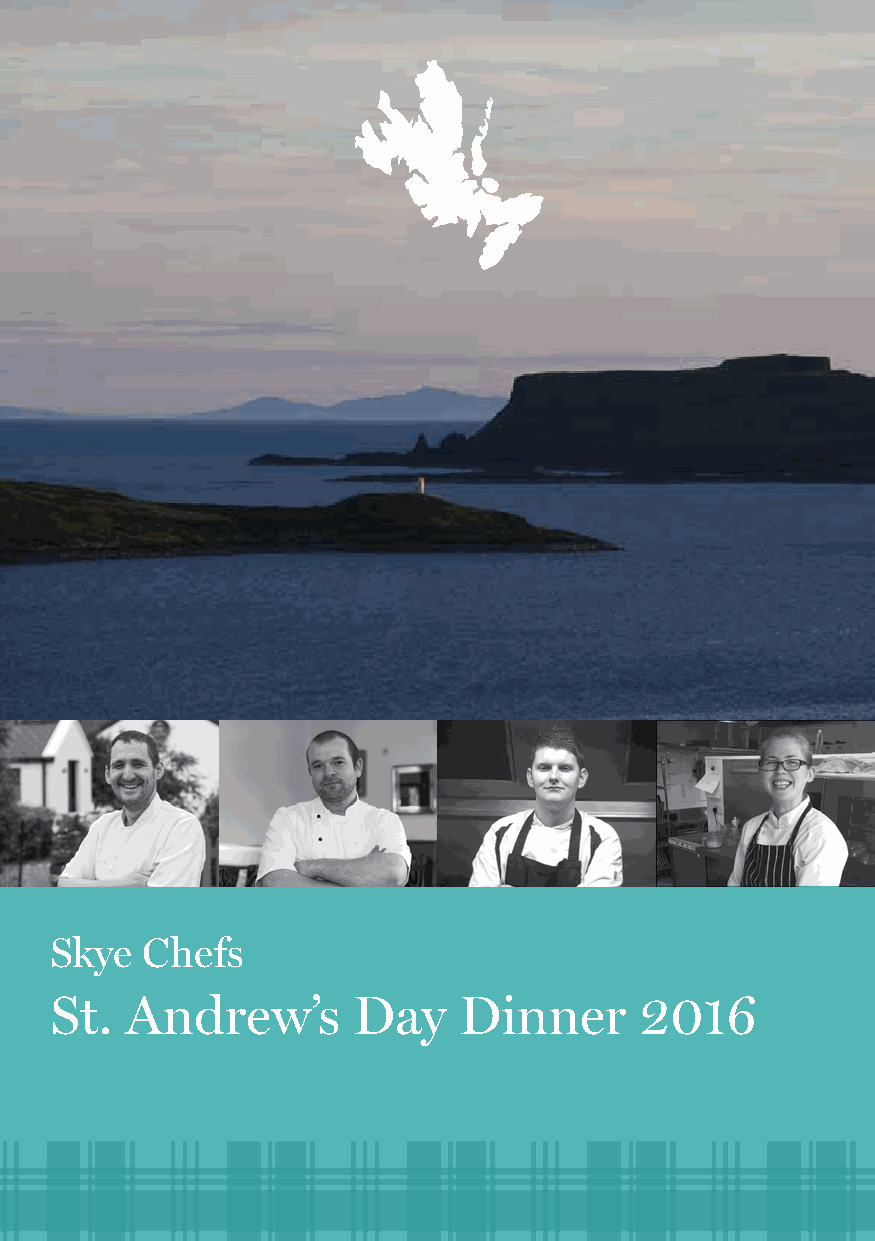
Skye  Chefs
 St.  Andrew’s       Day    Dinner      2016